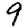
Digit: 9